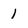
Character: 1